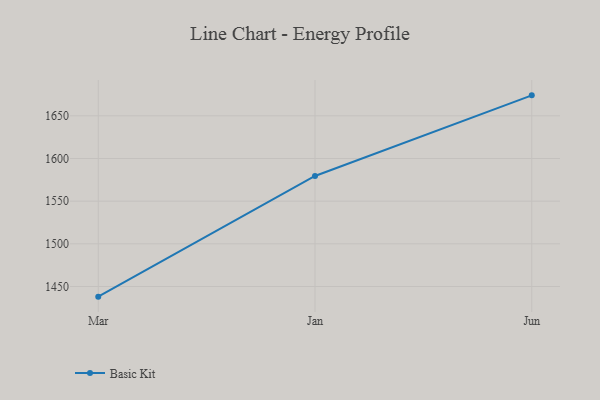
{"axis": {"x": "Month", "y": "Waste Production (Tons)"}, "legend": ["Basic Kit"], "data": [{"x": "Mar", "y": 1438.1, "type": "Basic Kit"}, {"x": "Jan", "y": 1579.5, "type": "Basic Kit"}, {"x": "Jun", "y": 1674.0, "type": "Basic Kit"}]}